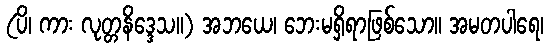
(ပိ၊ ကား လုတ္တနိဒ္ဒေသ။) အဘယေ၊ ဘေးမရှိရာဖြစ်သော။ အမတပါရေ၊